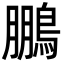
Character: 鵬